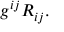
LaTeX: g ^ { i j } R _ { i j } .